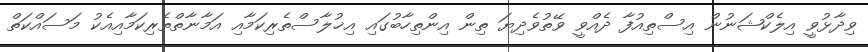
ވިދާޅުވީ އިލެކްޝަނުން އިސްތިއުފާ ދެއްވީ ވޭތުވެދިޔަ ތިން އިންތިހާބުގައި އިޚުލާސްތެރިކަމާއި އަމާނާތްތެރިކަމާއިއެކު މަސައްކަތް